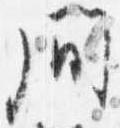
間